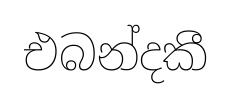
එබන්දකී